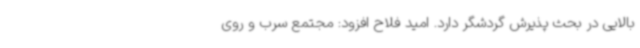
بالایی در بحث پذیرش گردشگر دارد. امید فلاح افزود: مجتمع سرب و روی